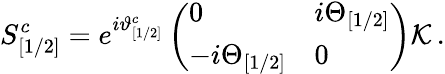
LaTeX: S_{[1/2]}^{c}=e^{i\vartheta_{[1/2]}^{c}}\left(\begin{array}{ll}{{0}}&{{i\Theta_{[1/2]}}}\\ {{-i\Theta_{[1/2]}}}&{{0}}\end{array}\right){\cal K}\, .